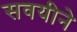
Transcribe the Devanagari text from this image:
सवयीने